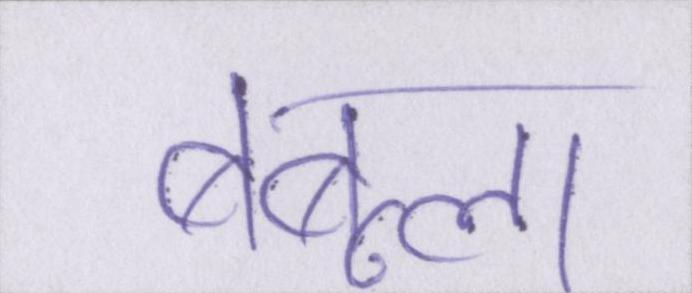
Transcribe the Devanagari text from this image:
बबूला